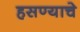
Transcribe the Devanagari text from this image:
हसण्याचे